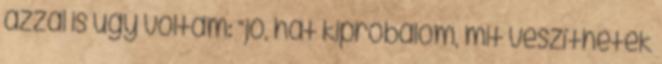
azzal is úgy voltam: “jó, hát kipróbálom, mit veszíthetek